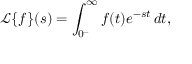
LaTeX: { \mathcal { L } } \{ f \} ( s ) = \int _ { 0 ^ { - } } ^ { \infty } f ( t ) e ^ { - s t } \, d t ,